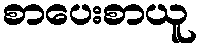
စာပေးစာယူ